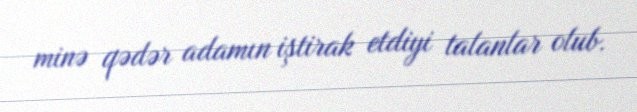
minə qədər adamın iştirak etdiyi talanlar olub.